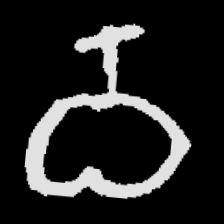
Pyu character \u2014 Myanmar letter: ဝ (romanized: wa)